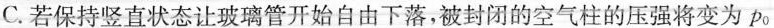
C.若保持竖直状态让玻璃管开始自由下落，被封闭的空气柱的压强将变为p_{0}